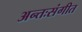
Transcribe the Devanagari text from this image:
अन्तःसंगीत